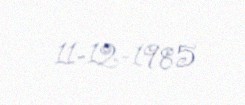
11-12-1985